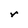
Character: r